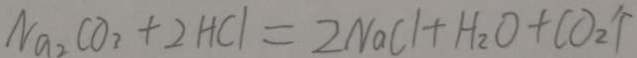
N a _ { 2 } C O _ { 3 } + 2 H C l = 2 N a C l + H _ { 2 } O + C O _ { 2 } \uparrow